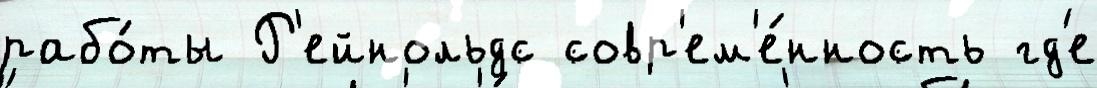
рабо́ты Р'ейнольдс совр'ем'е́нность гд'е